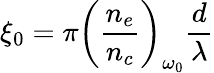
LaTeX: \xi_{0}=\pi\bigg(\frac{n_{e}}{n_{c}}\bigg)_{\omega_{0}}\frac{d}{\lambda}